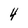
Character: 4